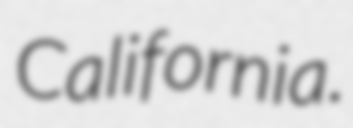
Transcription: California.